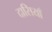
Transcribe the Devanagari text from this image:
दासियाँ